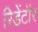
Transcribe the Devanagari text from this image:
रिडेंटॉर